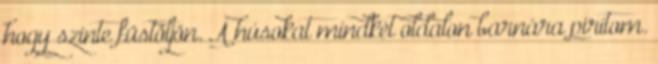
hogy szinte füstöljön. A húsokat mindkét oldalon barnára pirítom.